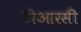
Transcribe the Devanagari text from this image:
टीआरसी